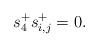
LaTeX: \begin{align*} s_4^+ s_{i, j}^+ = 0. \end{align*}